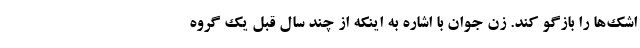
اشک‌ها را بازگو کند. زن جوان با اشاره به اینکه از چند سال قبل یک گروه